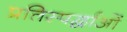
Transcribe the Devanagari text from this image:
प्रतिस्पर्द्धाओं